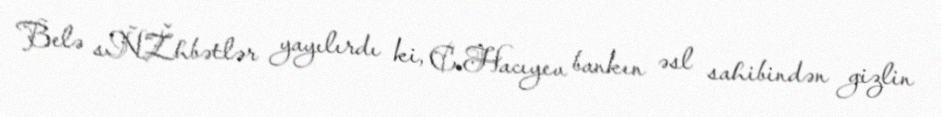
Belə sÑŽhbətlər yayılırdı ki, C.Hacıyev bankın əsl sahibindən gizlin